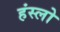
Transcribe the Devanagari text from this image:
हंस्लो